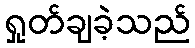
ရှုတ်ချခဲ့သည်